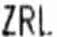
ZRL